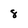
Character: 8